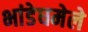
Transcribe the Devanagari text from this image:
भांडेघमेले